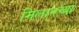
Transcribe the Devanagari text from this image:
मिलानच्या